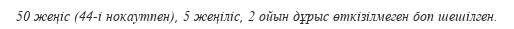
50 жеңiс (44-i нокаутпен), 5 жеңiлiс, 2 ойын дұрыс өткiзiлмеген боп шешiлген.